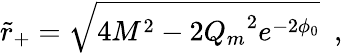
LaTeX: \tilde{r}_{+}=\sqrt{4M^{2}-2{Q_{m}}^{2}e^{-2\phi_{0}}}~~,